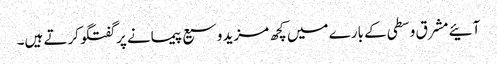
آئیے مشرق وسطی کے بارے میں کچھ مزید وسیع پیمانے پر گفتگو کرتے ہیں۔